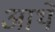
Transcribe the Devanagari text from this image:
आथे